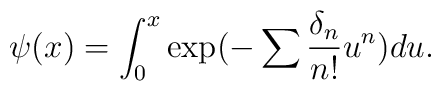
\psi(x)=\int_0^x \exp(-\sum\frac{\delta_n}{n!}u^n)du.